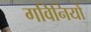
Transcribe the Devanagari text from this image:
गविनियों